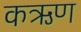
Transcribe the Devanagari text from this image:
कऋण